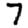
Digit: 7